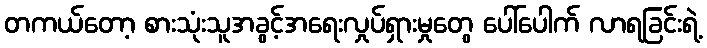
တကယ်တော့ စားသုံးသူအခွင့်အရေးလှုပ်ရှားမှုတွေ ပေါ်ပေါက် လာရခြင်းရဲ့